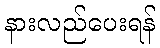
နားလည်ပေးရန်